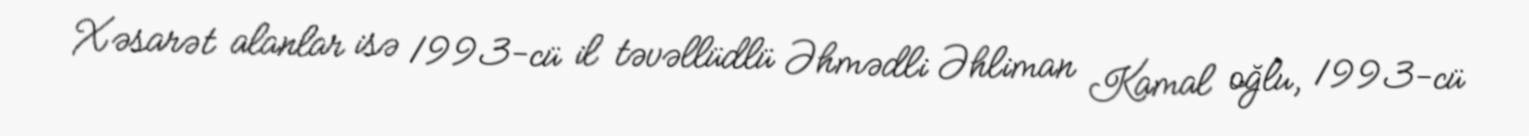
Xəsarət alanlar isə 1993-cü il təvəllüdlü Əhmədli Əhliman Kamal oğlu, 1993-cü